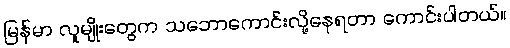
မြန်မာ လူမျိုးတွေက သဘောကောင်းလို့နေရတာ ကောင်းပါတယ်။